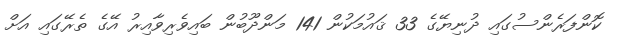
ކޮންފަރެންސުގައި ދުނިޔޭގެ 33 ޤައުމަކުން 141 މަންދޫބުން ބައިވެރިވާއިރު އޭގެ ތެރޭގައި އަށް